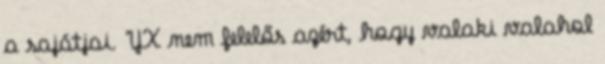
a sajátjai. YX nem felelős azért, hogy valaki valahol